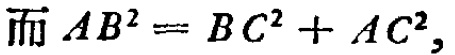
而 \(AB^{2}=BC^{2}+AC^{2},\)